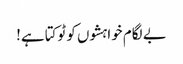
بے لگام خواہشوں کو ٹوکتا ہے!